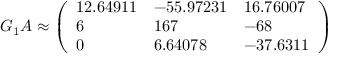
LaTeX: G _ { 1 } A \approx { \left( \begin{array} { l l l } { 1 2 . 6 4 9 1 1 } & { - 5 5 . 9 7 2 3 1 } & { 1 6 . 7 6 0 0 7 } \\ { 6 } & { 1 6 7 } & { - 6 8 } \\ { 0 } & { 6 . 6 4 0 7 8 } & { - 3 7 . 6 3 1 1 } \end{array} \right) }